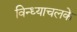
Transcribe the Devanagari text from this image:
विन्ध्याचलके